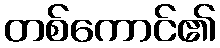
တစ်ကောင်၏